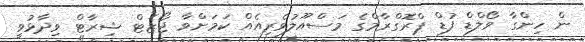
ން ހިންގާ ވޯލްޑް ފުޑް ޕްރޮގްރާމްގެ މަސްއޫލުވެރިއެއް ކަމަށްވާ ޖޯޒެޓް ޝިރާޓް ވިދާޅުވީ